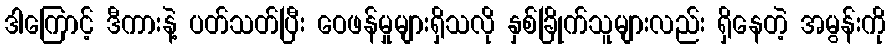
ဒါကြောင့် ဒီကားနဲ့ ပတ်သတ်ပြီး ဝေဖန်မှုများရှိသလို နှစ်ခြိုက်သူများလည်း ရှိနေတဲ့ အမွန်းကို